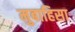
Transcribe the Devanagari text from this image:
मुबाहिसा